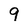
Character: 9